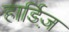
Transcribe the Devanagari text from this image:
हार्डिज़